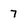
Character: 7